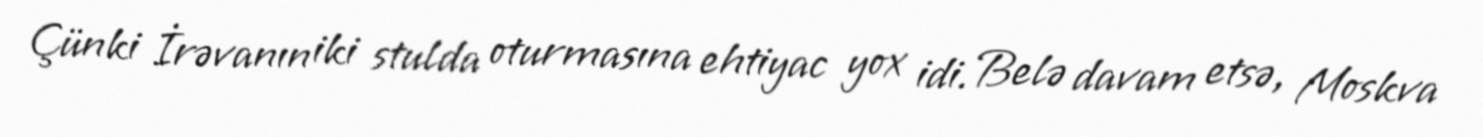
Çünki İrəvanın iki stulda oturmasına ehtiyac yox idi. Belə davam etsə, Moskva